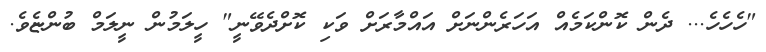
"ހެހެހެ... ދެން ކޮންކަމެއް އަހަރެންނަށް އައްމާރަށް ވަކި ކޮށްދެވޭނީ" ހީލަމުން ނީލަމް ބުންޏެވެ.